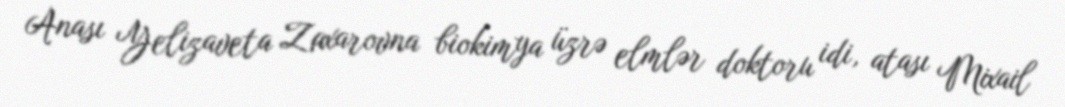
Anası Yelizaveta Zaxarovna biokimya üzrə elmlər doktoru idi, atası Mixail